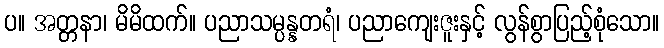
ပ။ အတ္တနာ၊ မိမိထက်။ ပညာသမ္ပန္နတရံ၊ ပညာကျေးဇူးနှင့် လွန်စွာပြည့်စုံသော။